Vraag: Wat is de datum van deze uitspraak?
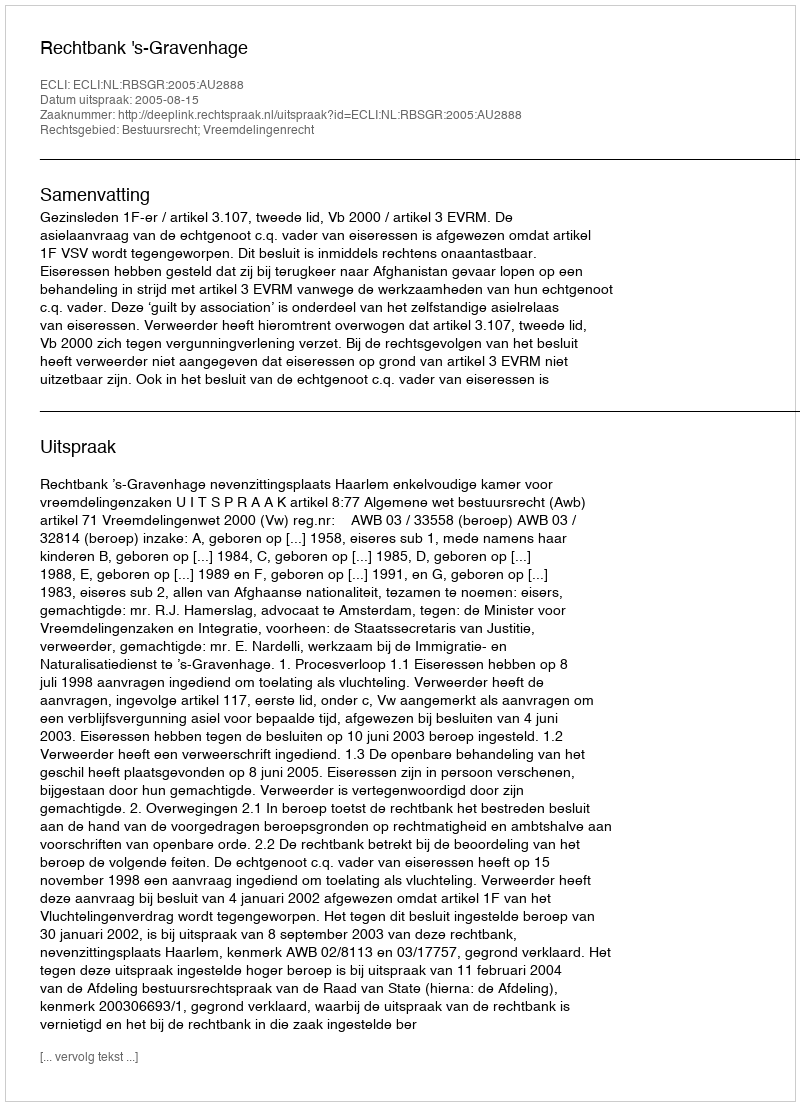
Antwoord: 2005-08-15